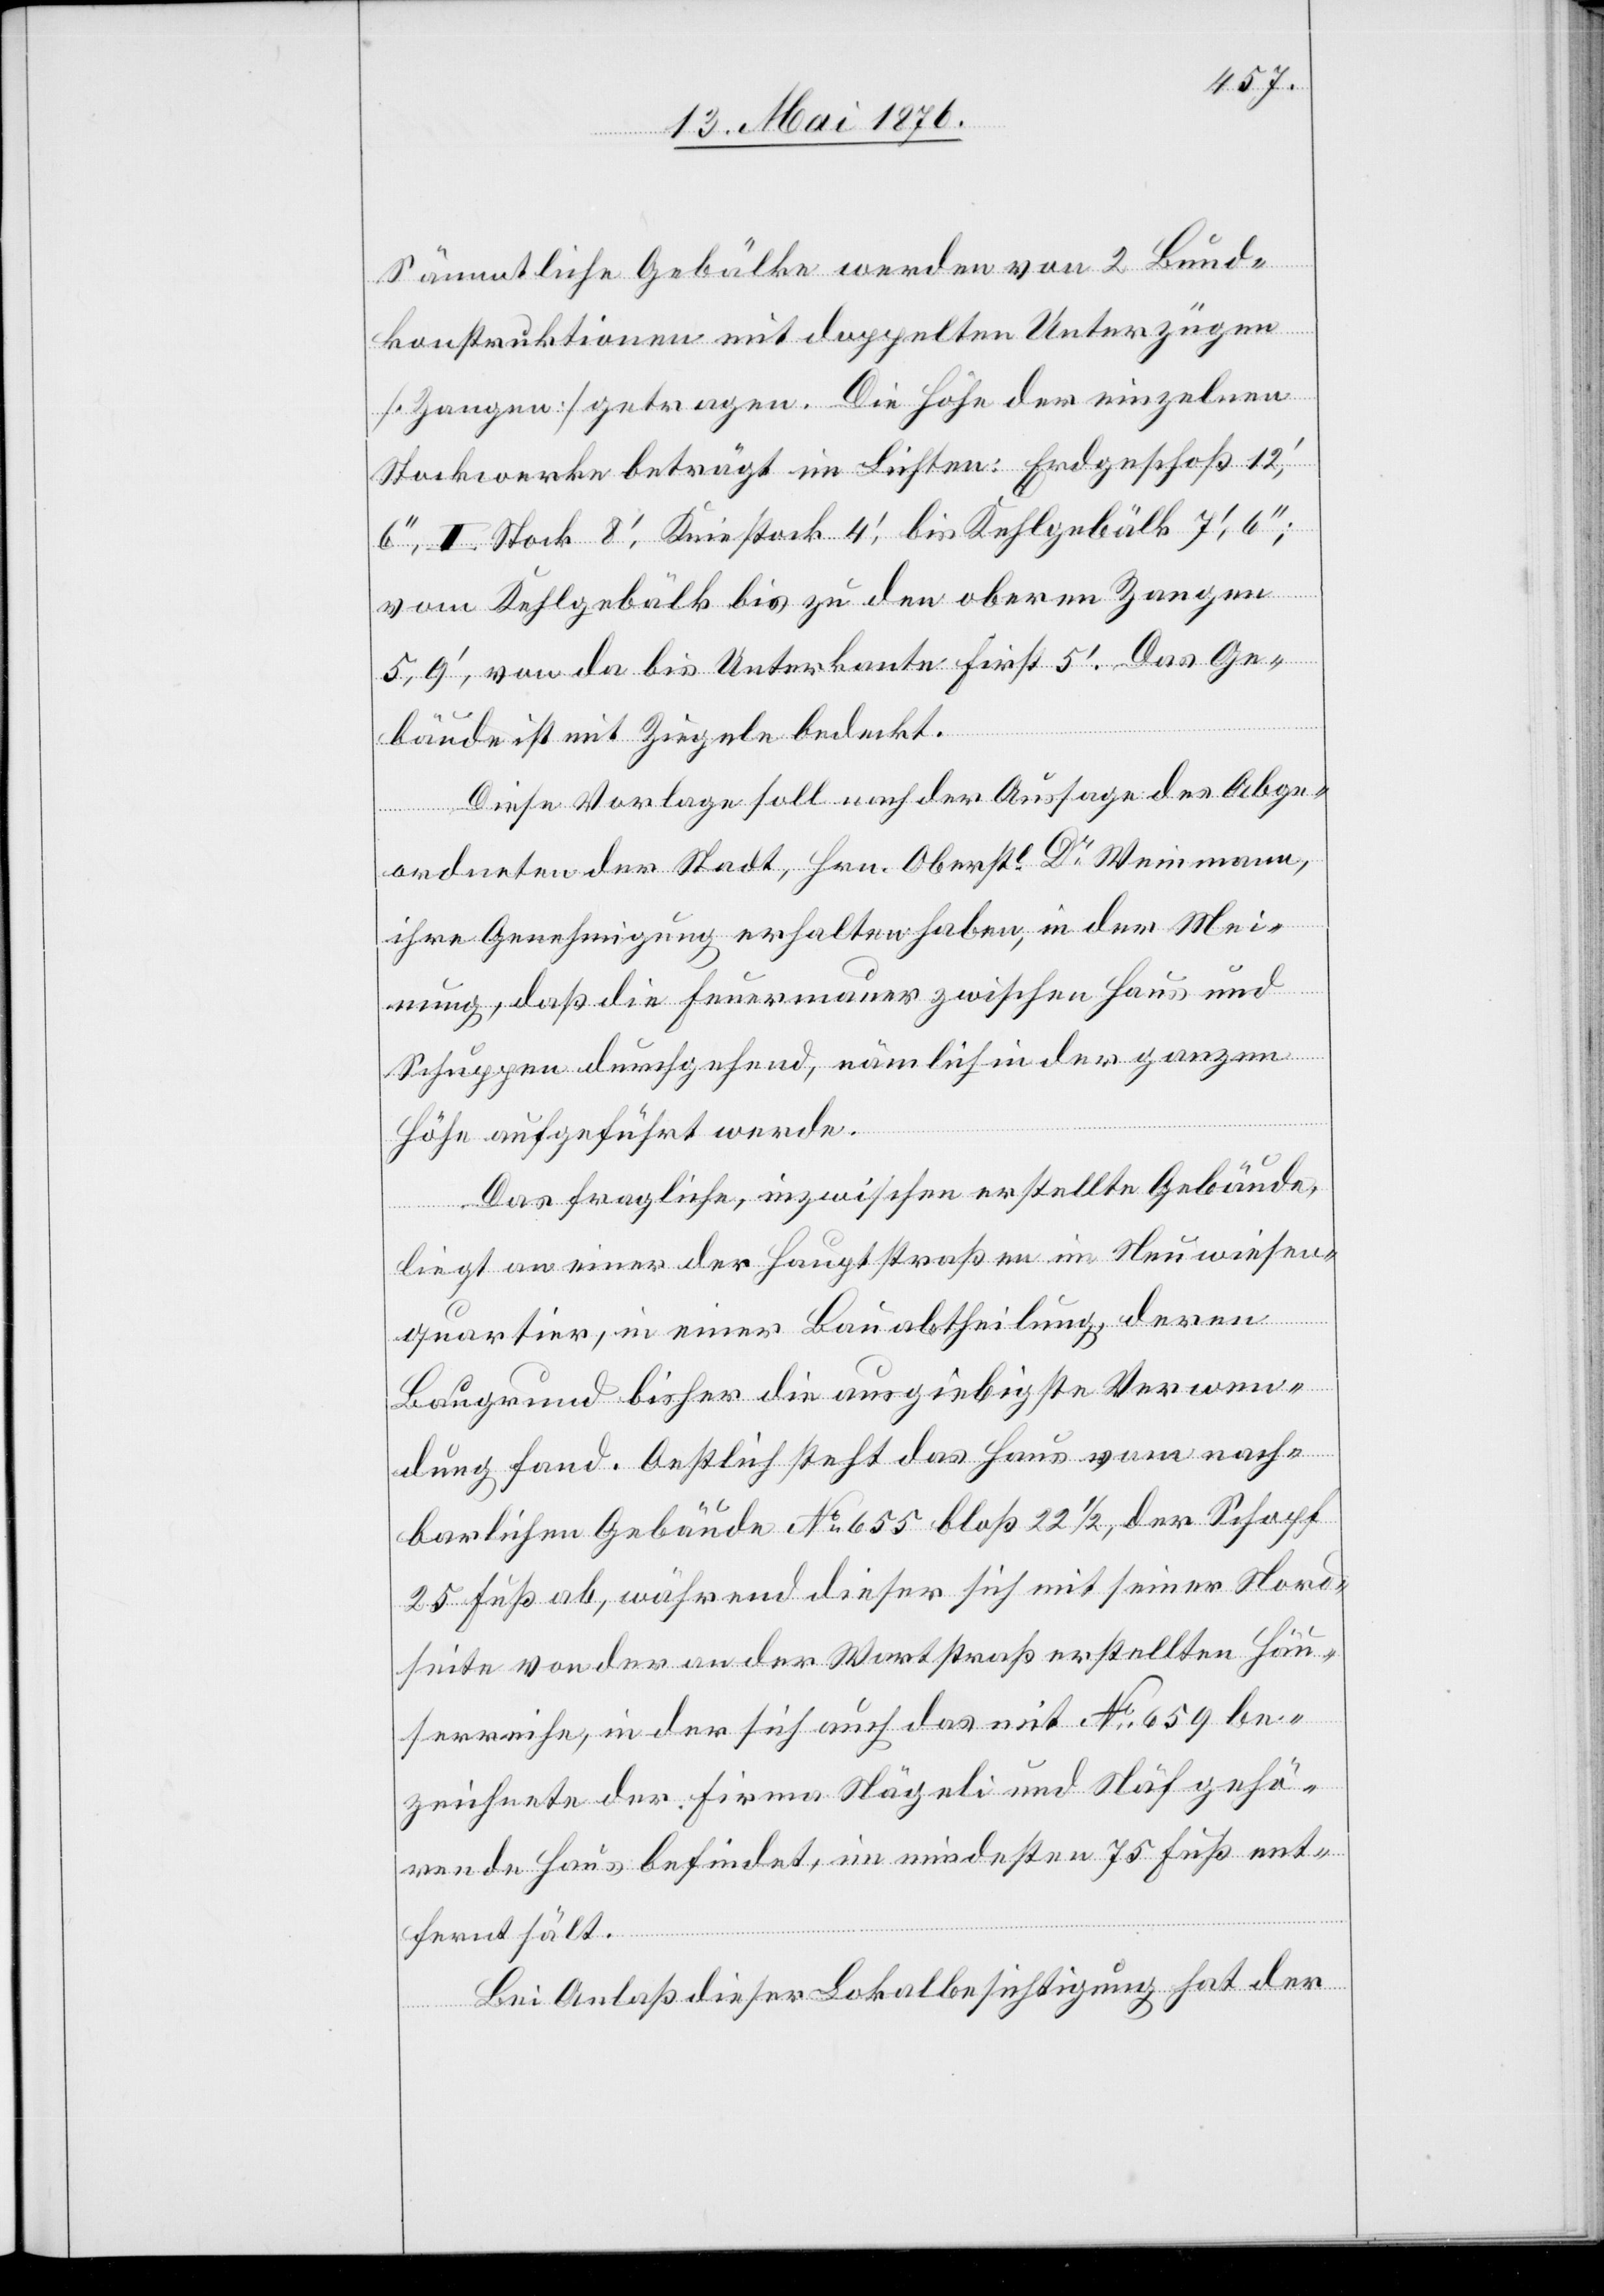
Sämmtliche Gebälke werden von 2 Bund¬
konstruktionen mit doppelten Unterzügen
[Zangen] getragen. Die Höhe der einzelnen
Stockwerke beträgt im Lichten: Erdgeschoß 12‘,
6‘‘, I. Sock 8‘, Kniestock 4‘, bis Kehlgebälk 7‘, 6‘‘;
vom Kehlgebälk bis zu den oberen Zangen
5,9‘, von da bis Unterkante First 5‘. Das Ge¬
bäude ist mit Ziegeln bedeckt.
Diese Vorlage soll nach der Aussage des Abge¬
ordneten der Stadt, Hrn. Oberst Dr Weinmann,
ihre Genehmigung erhalten haben, in der Mei¬
nung, daß die Feuermauer zwischen Haus und
Schuppen durchgehend, nämlich in der ganzen
Höhe aufgeführt werde.
Das fragliche, inzwischen erstellte Gebäude,
liegt an einer der Hauptstraßen im Neuwiesen¬
quartier, in einer Bauabtheilung, deren
Baugrund bisher die ausgiebigste Verwen¬
dung fand. Oestlich steht das Haus vom nach¬
barlichen Gebäude No 655 bloß 22 1/2, der Schopf
25 Fuß ab, während dieser sich mit seiner Nord¬
seite von der an der Wartstraße erstellen Häu¬
serreihe, in der sich auch das mit No 659 be¬
zeichnete der Firma Nägeli und Näf gehö¬
rende Haus befindet, im mindesten 75 Fuß ent¬
fernt hält.
Bei Anlaß dieser Lokalbesichtigung hat der